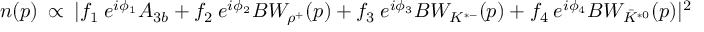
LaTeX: n ( p ) \: \propto \: \vert f _ { 1 } \: e ^ { i \phi _ { 1 } } A _ { 3 b } + f _ { 2 } \: e ^ { i \phi _ { 2 } } B W _ { \rho ^ { + } } ( p ) + f _ { 3 } \: e ^ { i \phi _ { 3 } } B W _ { K ^ { * - } } ( p ) + f _ { 4 } \: e ^ { i \phi _ { 4 } } B W _ { \bar { K } ^ { * 0 } } ( p ) { \vert } ^ { 2 }